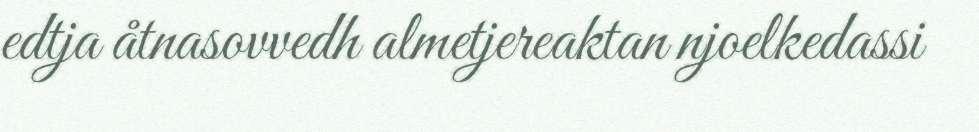
edtja åtnasovvedh almetjereaktan njoelkedassi